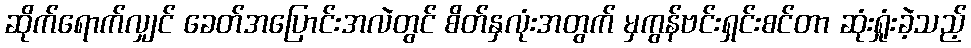
ဆိုက်ရောက်လျှင် ခေတ်အပြောင်းအလဲတွင် စိတ်နှလုံးအတွက် မှကွန်ဗင်းရှင်းစင်တာ ဆုံးရှုံးခဲ့သည့်